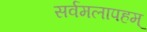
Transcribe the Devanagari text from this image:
सर्वमलापहम्